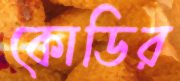
কোডির